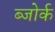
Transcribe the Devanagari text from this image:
ब्जोर्क